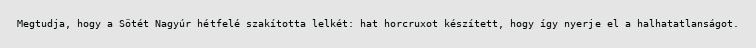
Megtudja, hogy a Sötét Nagyúr hétfelé szakította lelkét: hat horcruxot készített, hogy így nyerje el a halhatatlanságot.